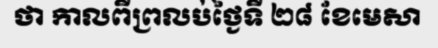
ថា កាលពីព្រលប់ថ្ងៃទី ២៨ ខែមេសា